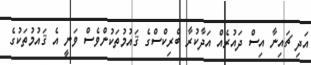
އަދި ޗައިނާ އިސް ދައުރެއް އަދާކުރާ ބްރިކްސްގެ ޤައުމުތަކުންވެސް ވަނީ އެ ޤައުމުތަކުގެ